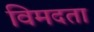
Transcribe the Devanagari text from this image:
विमदता